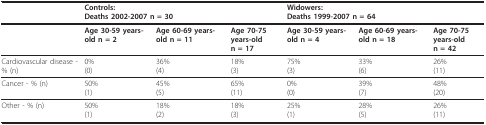
|  | <COLSPAN=3> Controls:Deaths 2002-2007 n = 30 | <COLSPAN=3> Widowers:Deaths 1999-2007 n = 64 |
 | --- | --- | --- | --- | --- | --- | --- |
 |  | Age 30-59 years-old n = 2 | Age 60-69 years-old n = 11 | Age 70-75 years-oldn = 17 | Age 30-59 years-old n = 4 | Age 60-69 years-old n = 18 | Age 70-75 years-oldn = 42 |
 | Cardiovascular disease - % (n) | 0%(0) | 36%(4) | 18%(3) | 75%(3) | 33%(6) | 26%(11) |
 | Cancer - % (n) | 50%(1) | 45%(5) | 65%(11) | 0%(0) | 39%(7) | 48%(20) |
 | Other - % (n) | 50%(1) | 18%(2) | 18%(3) | 25%(1) | 28%(5) | 26%(11) |